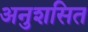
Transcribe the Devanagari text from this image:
अनुशसित